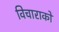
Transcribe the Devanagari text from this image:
विचाराकों